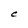
Character: C